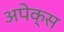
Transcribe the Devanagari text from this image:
अपेक्स